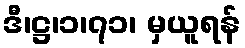
ဒီ၊ဋ္ဌ၊၁၊၇၁၊ မှယူရန်